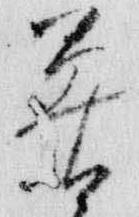
莫